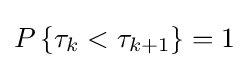
P\left\{\tau _{k}<\tau _{k+1}\right\}=1